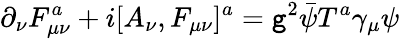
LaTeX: \partial_{\nu}F_{\mu\nu}^{a}+i[A_{\nu},F_{\mu\nu}]^{a}=\mathtt{g}^{2}\bar{{\psi}}T^{a}\gamma_{\mu}\psi